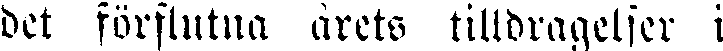
det förflutna årets tilldragelser i